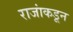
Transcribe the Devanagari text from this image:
राजांकडून